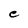
Character: C